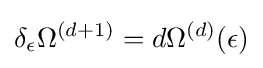
\delta _{\epsilon }\Omega ^{(d+1)}=d\Omega ^{(d)}(\epsilon )